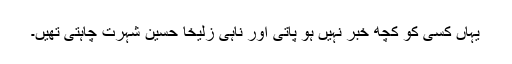
یہاں کسی کو کچھ خبر نہیں ہو پاتی اور ناہی زُلیخا حُسین شہرت چاہتی تھیں۔